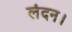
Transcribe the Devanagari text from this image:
लंदन।